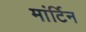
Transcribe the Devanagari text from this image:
मांर्टिन